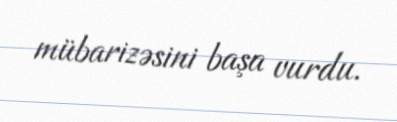
mübarizəsini başa vurdu.